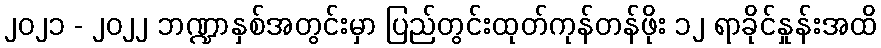
၂၀၂၁ - ၂၀၂၂ ဘဏ္ဍာနှစ်အတွင်းမှာ ပြည်တွင်းထုတ်ကုန်တန်ဖိုး ၁၂ ရာခိုင်နှုန်းအထိ